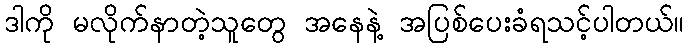
ဒါကို မလိုက်နာတဲ့သူတွေ အနေနဲ့ အပြစ်ပေးခံရသင့်ပါတယ်။